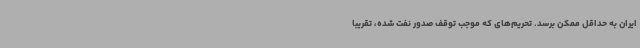
ایران به حداقل ممکن برسد. تحریم‌های که موجب توقف صدور نفت شده، تقریبا